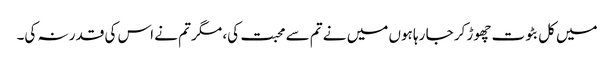
میں کل بٹوت چھوڑ کر جا رہا ہوں میں نے تم سے محبت کی، مگر تم نے اس کی قدر نہ کی۔